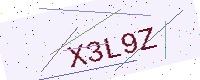
Text: X3L9Z